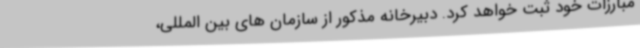
مبارزات خود ثبت خواهد کرد. دبیرخانه مذکور از سازمان های بین المللی،